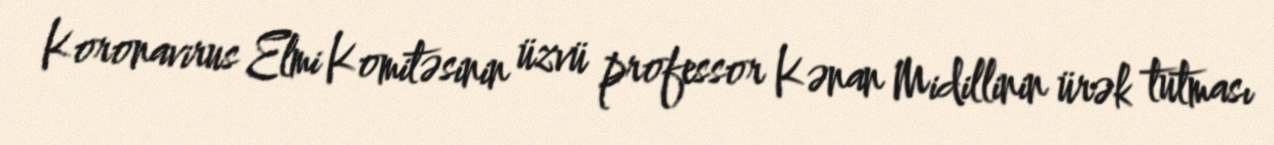
Koronavirus Elmi Komitəsinin üzvü professor Kənan Midillinin ürək tutması